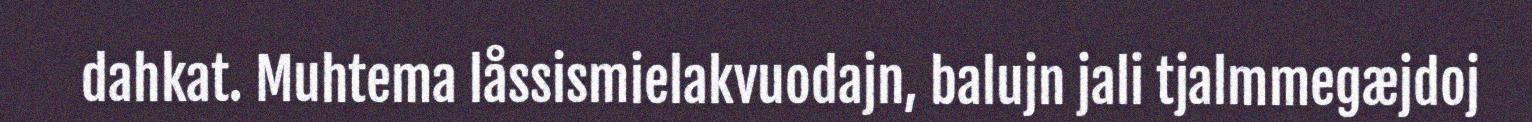
dahkat. Muhtema låssismielakvuodajn, balujn jali tjalmmegæjdoj